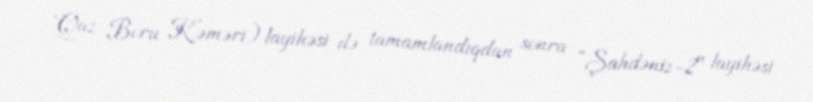
Qaz Boru Kəməri) layihəsi də tamamlandıqdan sonra “Şahdəniz-2" layihəsi